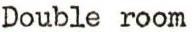
Double room